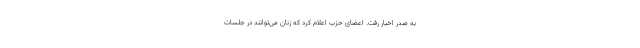
به صدر اخبار رفت. اعضای حزب اعلام کرد که زنان می‌توانند در جلسات